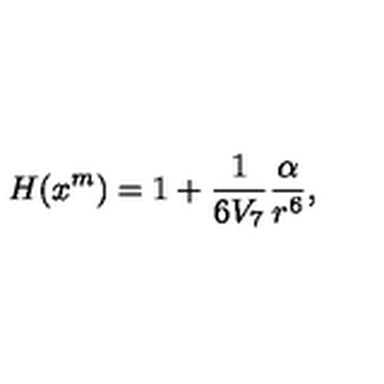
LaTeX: H ( x ^ { m } ) = 1 + \frac { 1 } { 6 V _ { 7 } } \frac { \alpha } { r ^ { 6 } } ,